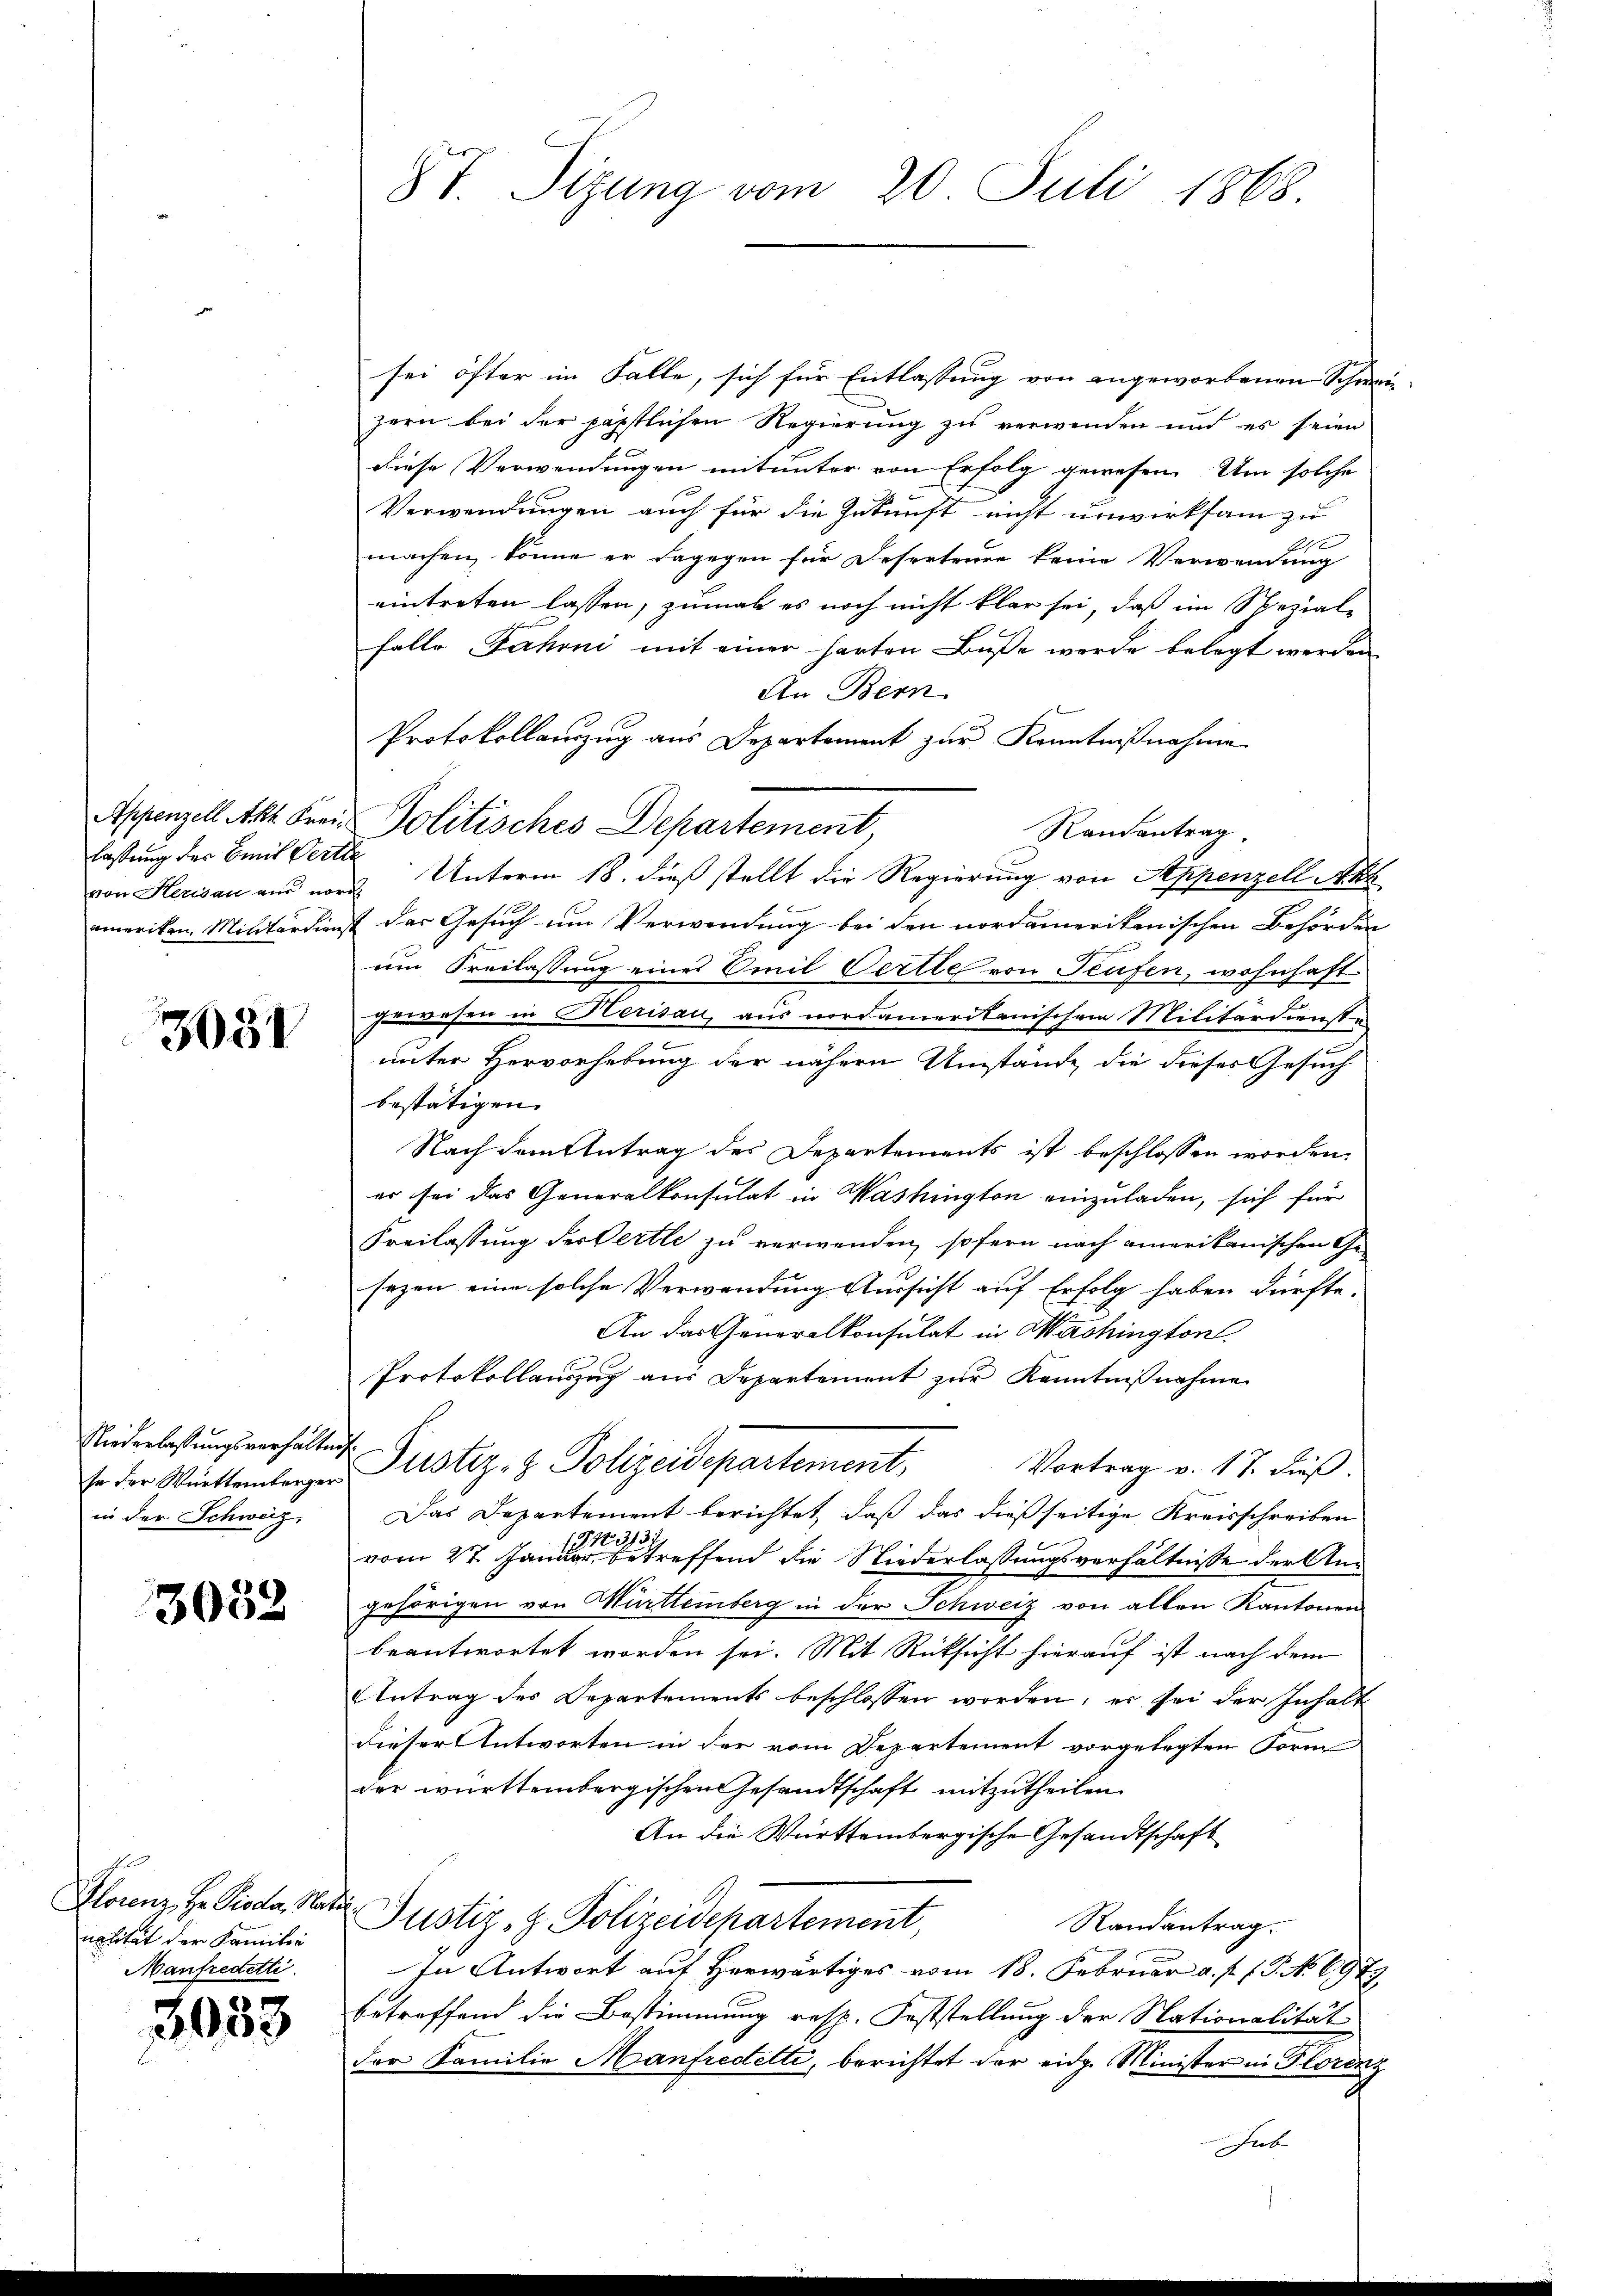
lassung der Emil Verthe

305

so der Württemberger.
in der Schweiz,

3052

nalität der Familie
Manfredetti.

3033

8t. Sizung vom 20. Juli 1868.

sei öfter im Falle, sich für Entlassung von angeworbenen Schwein-
zern bei der päpstlichen Regierung zu verwenden und es seien
diese Verwendungen mitunter von Erfolg gewesen. Um solche
Verwendungen auch für die Zukunft nicht unwirksam zu
1
machen, könne er dagegen für Deserteure keine Verwendung
eintreten lassen, zumal es noch nicht klar sei, daß im Speziale
falle Fahrni mit einer harten Buße werde belegt werden
An Bern.
Protokollanzug aus Departement zur Kenntnißnahme
Appenzell Akt. Frei Politisches Departement
Randantrag.
von Herisau aus vor Unterm 18. dieß stellt die Regierung von Appenzell Akt
amerikon. Militärdienst der Gesuch um Verwendung bei den nordamerikanischen Behörden
um Freilassung eines Emil Verte von Teufen, wohnhaft
uwesen in Herisau, aus nordameritanischem Militärdienste
unter Hervorhebung der nähern Umstände, die dieses Gesuch
bestätigen.
Nach dem Antrag des Departements ist beschlossen worden.
er sei das Generalkonsulat in Washington einzuladen, sich für
Freilassung des Oertle zu verwenden, sofern nach amerikanischen Ge-
sezen eine solche Verwendung Aussicht auf Erfolg haben dürfte.
An das Generalkonsulat in Machingtont.
Protokollauszug aus Departement zŭr Kenntniβnahme.
Niederlastŭngsverhalten Pustiz- & Polizeidepartement,
Vortrag v. 17. dieß.
Das Departement berichtet, daß das dießseitige Kreisschreiben
N 313.
vom 27. Januar, betreffend die Niederlassungsverhältnisse der Ans
gehörigen von Murttemberg in der Schweiz von allen Kantonen
beantwortet worden sei. Mit Rücksicht hierauf ist nach dem
Antrag des Departements beschlossen worden, er sei der Inhalt
dieser Antworten in der vom Departement vorgelegten Form
der württembergischen Gesandtschaft mitzutheilen.
An die Württembergische Gesandtschaft
Florenz Hr. Pioda, Satz. Justiz, z. Polizeidepartement,
Randantrag.
In Antwort auf Herwärtiges vom 18. Februar a. p. 1. No 6979
betreffend die Bestimmung resp. Feststellung der Nationalität
der Familie Manfredetti, berichtet der eidg. Minister in Florenz
hret